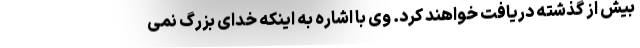
بیش از گذشته دریافت خواهند کرد. وی با اشاره به اینکه خدای بزرگ نمی